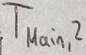
Text: TMain,2